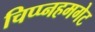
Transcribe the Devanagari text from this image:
चिप्प्नहमगेट